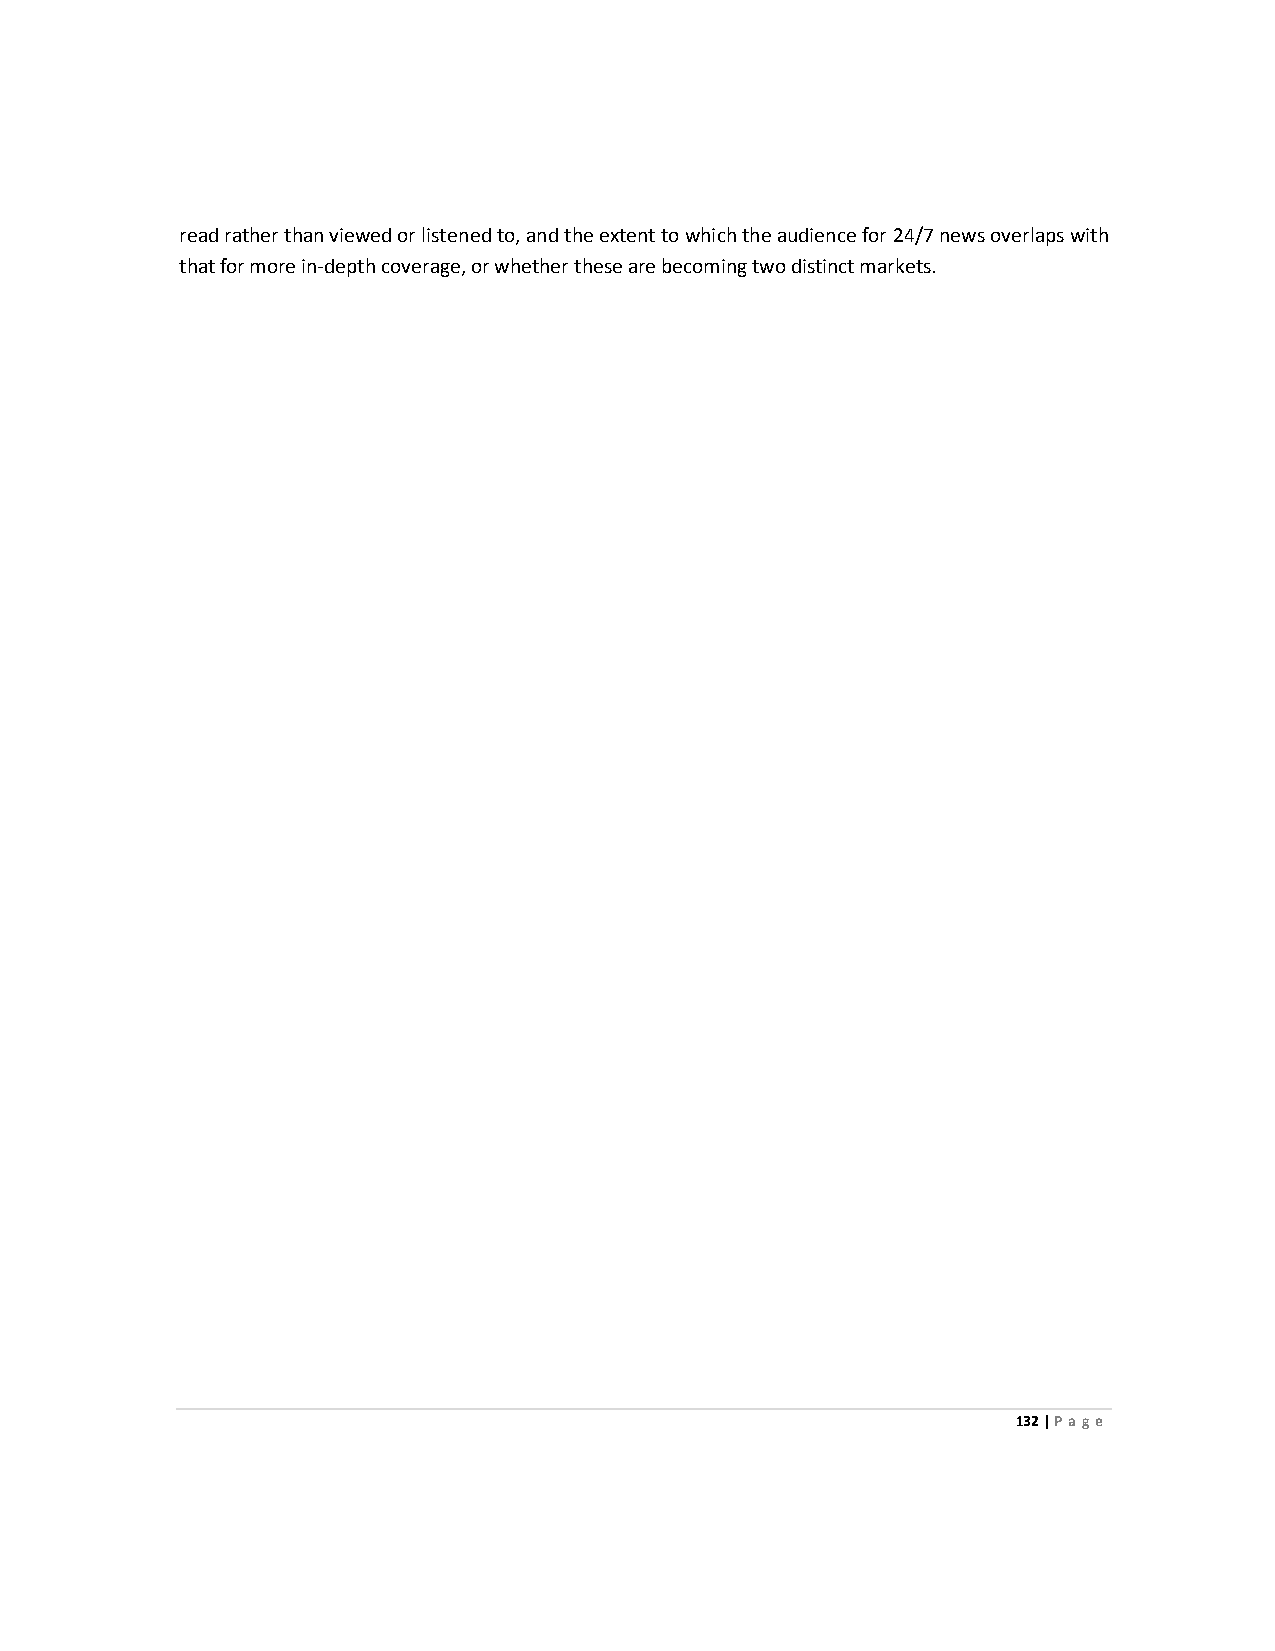
read rather than viewed or listened to, and the extent to which the audience for 24/7 news overlaps with
 that for more in-depth coverage, or whether these are becoming two distinct markets.
 132 | Page